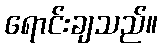
ရောင်းချသည်။